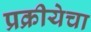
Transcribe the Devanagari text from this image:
प्रक्रीयेचा